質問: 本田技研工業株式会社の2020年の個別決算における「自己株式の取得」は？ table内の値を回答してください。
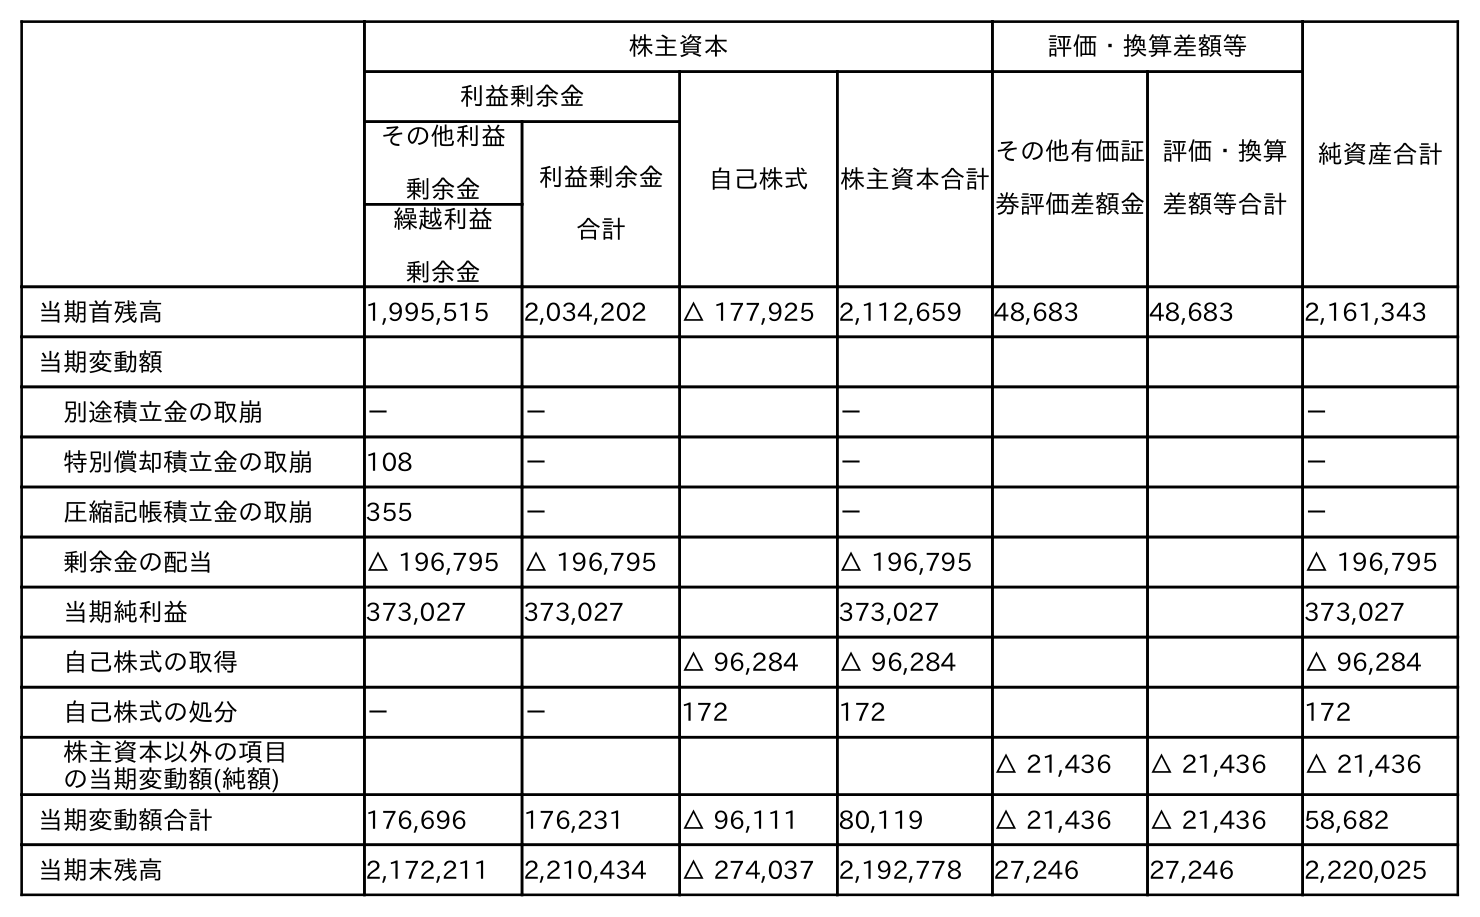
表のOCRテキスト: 株主資本 評価・換算差額等 純資産合計 利益剰余金 自己株式 株主資本合計 その他有価証 券評価差額金 評価・換算 差額等合計 その他利益 剰余金 利益剰余金 合計 繰越利益 剰余金 当期首残高 1,995,515 2,034,202 △ 177,925 2,112,659 48,683 48,683 2,161,343 当期変動額 別途積立金の取崩 － － － － 特別償却積立金の取崩 108 － － － 圧縮記帳積立金の取崩 355 － － － 剰余金の配当 △ 196,795 △ 196,795 △ 196,795 △ 196,795 当期純利益 373,027 373,027 373,027 373,027 自己株式の取得 △ 96,284 △ 96,284 △ 96,284 自己株式の処分 － － 172 172 172 株主資本以外の項目 の当期変動額(純額) △ 21,436 △ 21,436 △ 21,436 当期変動額合計 176,696 176,231 △ 96,111 80,119 △ 21,436 △ 21,436 58,682 当期末残高 2,172,211 2,210,434 △ 274,037 2,192,778 27,246 27,246 2,220,025
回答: △96,284